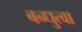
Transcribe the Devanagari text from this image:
बन्धुत्वा